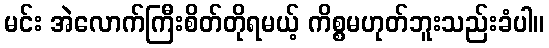
မင်း အဲလောက်ကြီးစိတ်တိုရမယ့် ကိစ္စမဟုတ်ဘူးသည်းခံပါ။